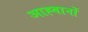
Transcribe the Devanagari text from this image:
आह्वानों